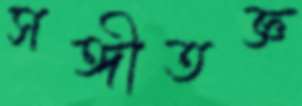
সঙ্গীতজ্ঞ